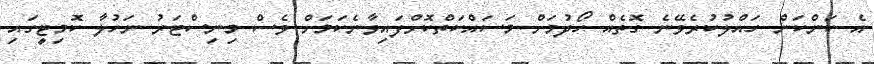
އެ ކަންކަން ހައްލުކުރެވޭނެ ގޮތެއް ހޯދުމަށް މަސައްކަތްކޮށްފައިވާނެކަމަށް ވެސް މިނިސްޓަރު ނަހުލާ ކޮމިޓީގައި